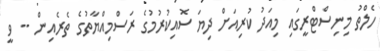
ހެލްތު މިނިސްޓްރީގައި މިއަދު ކުރިއަށް ދިޔަ ސޮއިކުރުމުގެ ރަސްމިއްޔާތުގެ ތެރެއިން -- ވީ